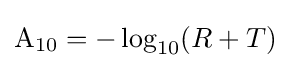
\mathrm {A} _{10}=-\log _{10}(R+T)